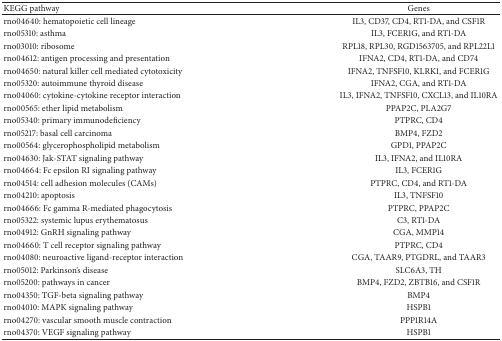
<table><thead><tr><td><b>KEGG pathway</b></td><td><b>Genes</b></td></tr></thead><tbody><tr><td>rno04640: hematopoietic cell lineage</td><td>IL3, CD37, CD4, RT1-DA, and CSF1R</td></tr><tr><td>rno05310: asthma</td><td>IL3, FCER1G, and RT1-DA</td></tr><tr><td>rno03010: ribosome</td><td>RPL18, RPL30, RGD1563705, and RPL22L1</td></tr><tr><td>rno04612: antigen processing and presentation</td><td>IFNA2, CD4, RT1-DA, and CD74</td></tr><tr><td>rno04650: natural killer cell mediated cytotoxicity</td><td>IFNA2, TNFSF10, KLRK1, and FCER1G</td></tr><tr><td>rno05320: autoimmune thyroid disease</td><td>IFNA2, CGA, and RT1-DA</td></tr><tr><td>rno04060: cytokine-cytokine receptor interaction</td><td>IL3, IFNA2, TNFSF10, CXCL13, and IL10RA </td></tr><tr><td>rno00565: ether lipid metabolism</td><td>PPAP2C, PLA2G7</td></tr><tr><td>rno05340: primary immunodeficiency</td><td>PTPRC, CD4</td></tr><tr><td>rno05217: basal cell carcinoma</td><td>BMP4, FZD2</td></tr><tr><td>rno00564: glycerophospholipid metabolism</td><td>GPD1, PPAP2C</td></tr><tr><td>rno04630: Jak-STAT signaling pathway</td><td>IL3, IFNA2, and IL10RA</td></tr><tr><td>rno04664: Fc epsilon RI signaling pathway</td><td>IL3, FCER1G</td></tr><tr><td>rno04514: cell adhesion molecules (CAMs)</td><td>PTPRC, CD4, and RT1-DA</td></tr><tr><td>rno04210: apoptosis</td><td>IL3, TNFSF10</td></tr><tr><td>rno04666: Fc gamma R-mediated phagocytosis</td><td>PTPRC, PPAP2C</td></tr><tr><td>rno05322: systemic lupus erythematosus</td><td>C3, RT1-DA</td></tr><tr><td>rno04912: GnRH signaling pathway</td><td>CGA, MMP14</td></tr><tr><td>rno04660: T cell receptor signaling pathway</td><td>PTPRC, CD4</td></tr><tr><td>rno04080: neuroactive ligand-receptor interaction</td><td>CGA, TAAR9, PTGDRL, and TAAR3</td></tr><tr><td>rno05012: Parkinson&#x27;s disease</td><td>SLC6A3, TH</td></tr><tr><td>rno05200: pathways in cancer</td><td>BMP4, FZD2, ZBTB16, and CSF1R</td></tr><tr><td>rno04350: TGF-beta signaling pathway</td><td>BMP4</td></tr><tr><td>rno04010: MAPK signaling pathway</td><td>HSPB1</td></tr><tr><td>rno04270: vascular smooth muscle contraction</td><td>PPP1R14A</td></tr><tr><td>rno04370: VEGF signaling pathway</td><td>HSPB1</td></tr></tbody></table>